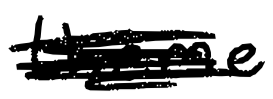
Text: theme
Cross-out: scratch
Writing tool: digital_black